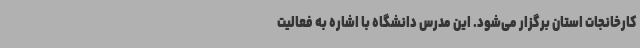
کارخانجات استان برگزار می‌شود. این مدرس دانشگاه با اشاره به فعالیت